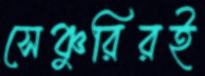
সেঞ্চুরিরই